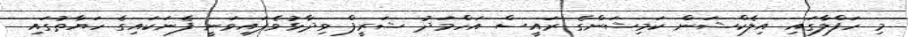
މި ހަފްލާގައި އިލެކްޝަން ކަމިޝަންގެ ރައީސް އަހްމަދު ޝަރީފް ވިދާޅުވެފައިވަނީ ފެނަކައިގެ ހަޔާތުގައި